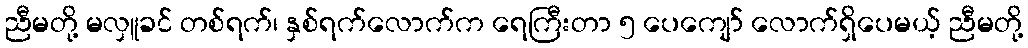
ညီမတို့ မလှူခင် တစ်ရက်၊ နှစ်ရက်လောက်က ရေကြီးတာ ၅ ပေကျော် လောက်ရှိပေမယ့် ညီမတို့